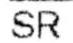
SR